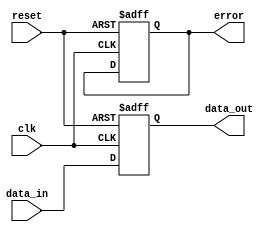
module io_buffer (
    input wire clk,
    input wire reset,
    input wire data_in,
    output reg data_out,
    output reg error
);

always @(posedge clk or posedge reset) begin
    if (reset) begin
        data_out <= 1'b0;
        error <= 1'b0;
    end else begin
        // Data transmission logic
        data_out <= data_in;
        
        // Error detection and correction mechanisms
        // (Implementation code for error detection and correction)
        
        // Configurable parameters for signal timing and voltage levels
        // (Implementation code for configurable parameters)
        
        // Additional features for communication protocols and standards
        // (Implementation code for standards compliance)
    end
end

endmodule